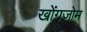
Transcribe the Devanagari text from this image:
खोंगजोम